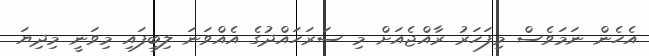
އެހެން ނަމަވެސް މިފަހަރު ރާއްޖެއަށް މި ސަރަހައްދުގެ އެއްވަނަ ލިބިފައި މިވަނީ މިދިޔަ